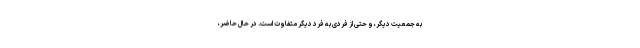
به جمعیت دیگر، و حتی از فردی به فرد دیگر متفاوت است. در حال حاضر،